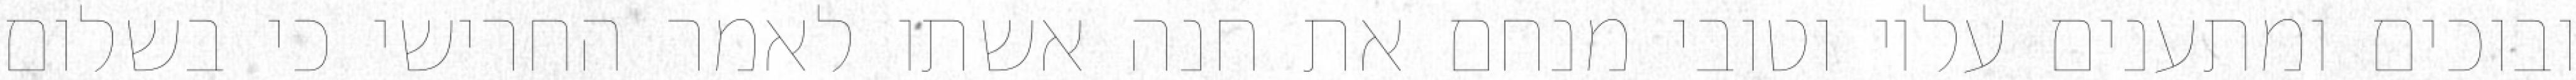
ובוכים ומתענים עליו וטובי מנחם את חנה אשתו לאמר החרישי כי בשלום